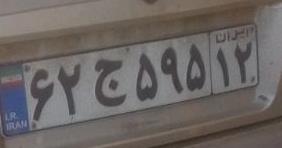
۶۲ج۵۹۵۱۲